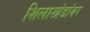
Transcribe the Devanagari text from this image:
शिलाखंडांवर